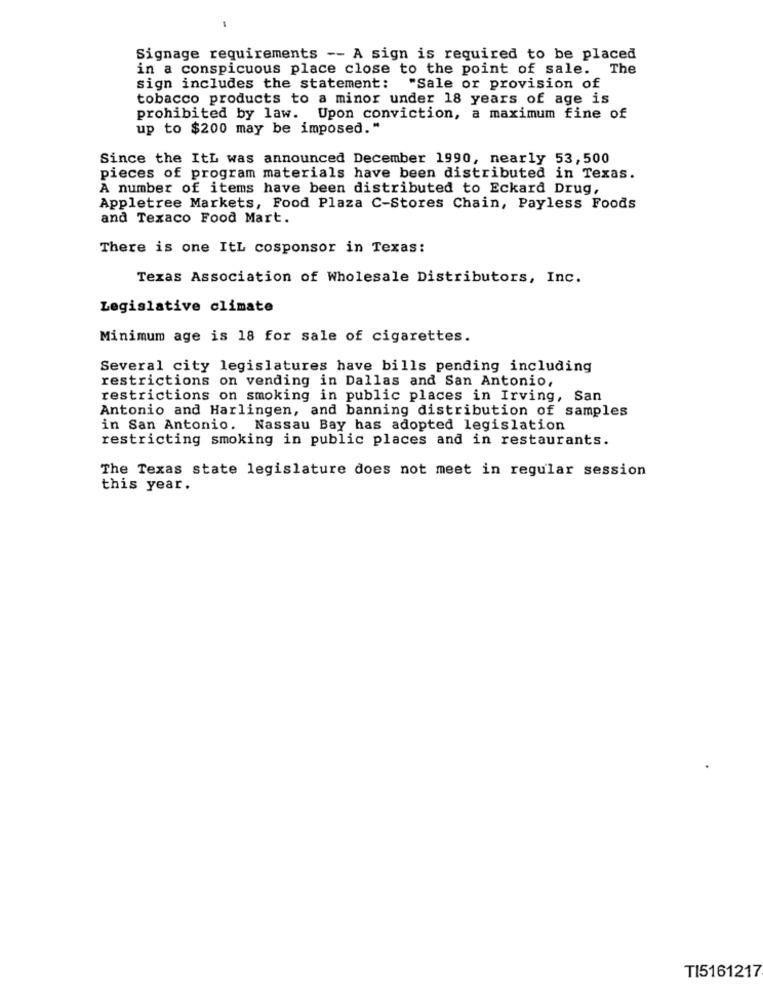
Signage requirements -- A sign is required to be placed
in a conspicuous place close to the point of sale.
The
sign includes the statement:
"Sale or provision of
tobacco products to a minor under 18 years of age is
prohibited by law. Upon conviction, a maximum fine of
up to $200 may be imposed."
Since the ItL was announced December 1990, nearly 53,500
pieces of program materials have been distributed in Texas.
A number of items have been distributed to Eckard Drug,
Appletree Markets, Food Plaza C-Stores Chain, Payless Foods
and Texaco Food Mart.
There is one ItL cosponsor in Texas:
Texas Association of Wholesale Distributors, Inc.
Legislative climate
Minimum age is 18 for sale of cigarettes.
Several city legislatures have bills pending including
restrictions on vending in Dallas and San Antonio,
restrictions on smoking in public places in Irving, San
Antonio and Harlingen, and banning distribution of samples
in San Antonio. Nassau Bay has adopted legislation
restricting smoking in public places and in restaurants.
The Texas state legislature does not meet in regular session
this year.
TI5161217